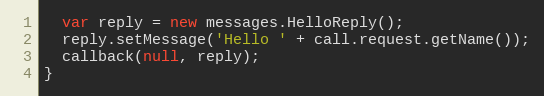
Language: JavaScript
  var reply = new messages.HelloReply();
  reply.setMessage('Hello ' + call.request.getName());
  callback(null, reply);
}